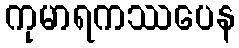
ကုမာရကဿပေန